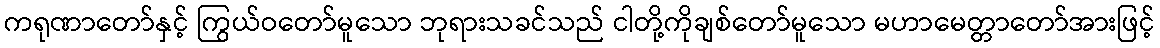
ကရုဏာတော်နှင့် ကြွယ်ဝတော်မူသော ဘုရားသခင်သည် ငါတို့ကိုချစ်တော်မူသော မဟာမေတ္တာတော်အားဖြင့်